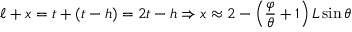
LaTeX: \ell + x = t + ( t - h ) = 2 t - h \Rightarrow x \approx 2 - \left( { \frac { \varphi } { \theta } } + 1 \right) L \sin \theta